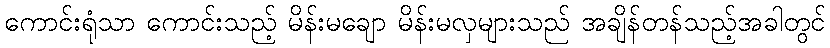
ကောင်းရုံသာ ကောင်းသည့် မိန်းမချော မိန်းမလှများသည် အချိန်တန်သည့်အခါတွင်